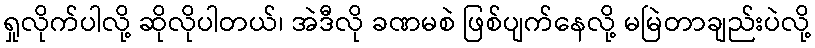
ရှုလိုက်ပါလို့ ဆိုလိုပါတယ်၊ အဲဒီလို ခဏမစဲ ဖြစ်ပျက်နေလို့ မမြဲတာချည်းပဲလို့